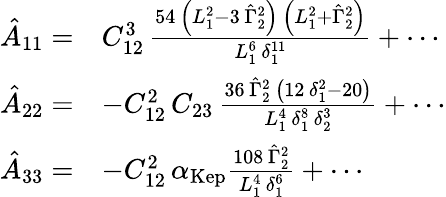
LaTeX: \begin{array}{rl}{\hat{A}_{11}=}&{C_{12}^{3}\, {\frac{54\, \left(L_{1}^{2}-3\, \hat{\Gamma}_{2}^{2}\right)\, \left(L_{1}^{2}+\hat{\Gamma}_{2}^{2}\right)}{L_{1}^{6}\, \delta_{1}^{11}}}+\cdots}\\ {\hat{A}_{22}=}&{-C_{12}^{2}\, C_{23}\, {\frac{36\, \hat{\Gamma}_{2}^{2}\, \left(12\, \delta_{1}^{2}-20\right)}{L_{1}^{4}\, \delta_{1}^{8}\, \delta_{2}^{3}}}+\cdots}\\ {\hat{A}_{33}=}&{-C_{12}^{2}\, \alpha_{\mathrm{Kep}}\frac{108\, \hat{\Gamma}_{2}^{2}}{L_{1}^{4}\, \delta_{1}^{6}}+\cdots}\end{array}